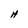
Character: H